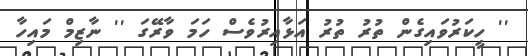
'' ހީކަރުވައިގެން ތުރު ތުރު އަޅާއިރުވެސް ހަމަ ވާރޭގަ '' ނާޒިމް މައިހާ